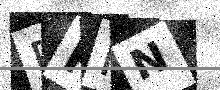
Text: BRHN